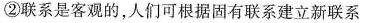
②联系是客观的，人们可根据固有联系建立新联系